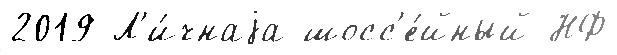
2019 Л'и́чнаjа шосс'е́йный НФ